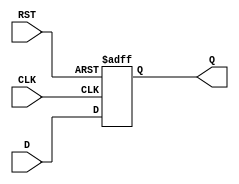
module FlipFlopRegister #(
    parameter WIDTH = 8  // Parameter for the width of the register (default is 8 bits)
)(
    input wire [WIDTH-1:0] D,    // Data input
    input wire CLK,               // Clock input
    input wire RST,               // Asynchronous reset input
    output reg [WIDTH-1:0] Q      // Data output
);

// Always block for the flip-flop behavior
always @(posedge CLK or posedge RST) begin
    if (RST) begin
        Q <= {WIDTH{1'b0}};  // Asynchronous reset: Set output to 0
    end else begin
        Q <= D;              // Capture input data on the rising edge of the clock
    end
end

endmodule